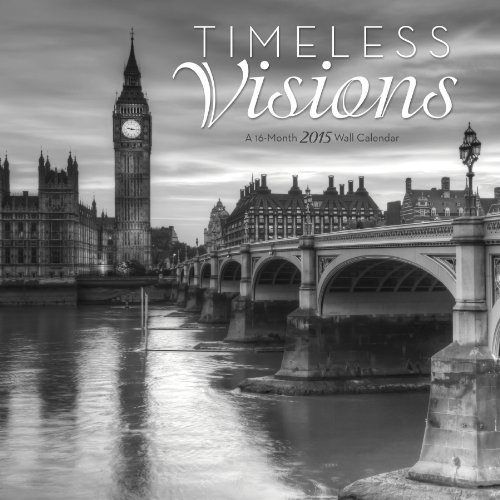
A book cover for Timeless Visions 2015 Wall Calendar; Trends International; Calendars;